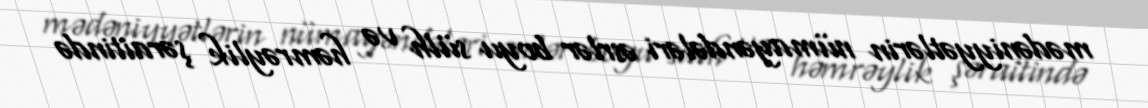
mədəniyyətlərin nümayəndələri əsrlər boyu sülh və həmrəylik şəraitində